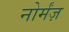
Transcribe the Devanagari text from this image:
नोर्मंज़